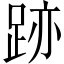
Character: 跡